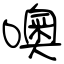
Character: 噢